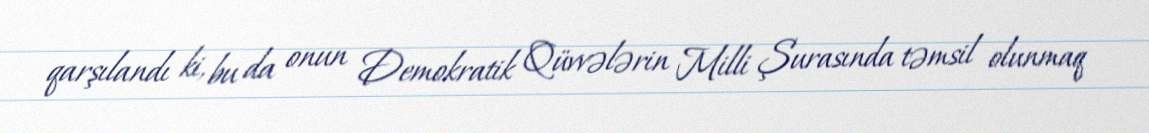
qarşılandı ki, bu da onun Demokratik Qüvvələrin Milli Şurasında təmsil olunmaq